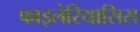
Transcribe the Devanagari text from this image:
फाइलेरियासिस